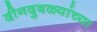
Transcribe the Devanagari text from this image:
दीनदुबळ्यांच्या